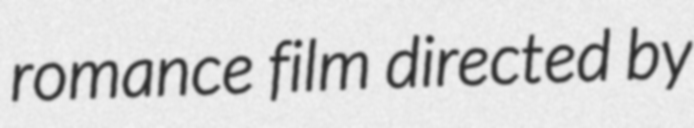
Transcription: romance film directed by